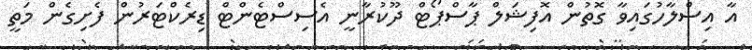
އާ އިސްލާހުގައިވާ ގޮތުން އޮފިޝަލް ޕާސްޕޯޓް ދޫކުރާނީ އެސިސްޓެންޓް ޑިރެކްޓަރުން ފެށިގެން މަތީ